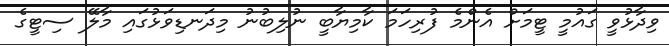
ވިދާޅުވީ ގައުމީ ޓީމަށް އެންމެ ފުރިހަމަ ކާމިޔާބީ ނުލިބުނު މިދަނޑިވަޅުގައި މާލޭ ސިޓީގެ